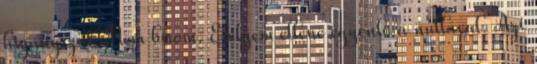
higanyszál. Nem bírom. Esélyem ellene egyenlő a nullával. Azt